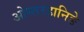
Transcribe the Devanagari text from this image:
ओस्तरहानिङे